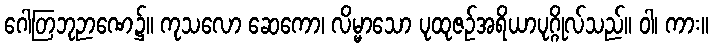
ဂေါတြဘုဉာဏေ၌။ ကုသလော ဆေကော၊ လိမ္မာသော ပုထုဇဉ်အရိယာပုဂ္ဂိုလ်သည်။ ဝါ၊ ကား။